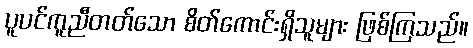
ပူပင်ကူညီတတ်သော စိတ်ကောင်းရှိသူများ ဖြစ်ကြသည်။